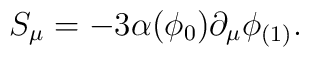
S_{\mu} = - 3\alpha(\phi_0) \partial_{\mu}\phi_{(1)}.